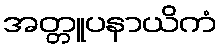
အတ္တူပနာယိကံ